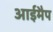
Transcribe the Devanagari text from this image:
आईमैप